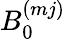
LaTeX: B_{0}^{(mj)}